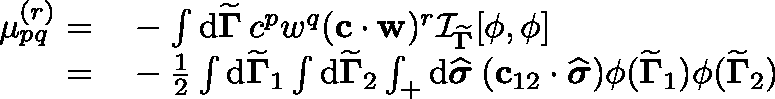
\begin{array} { r l } { \mu _ { p q } ^ { ( r ) } = } & { { } - \int \mathrm { d } { \widetilde { \mathbf { \Gamma } } } \medspace c ^ { p } w ^ { q } ( \mathbf { c } \cdot \mathbf { w } ) ^ { r } \mathcal { I } _ { { \widetilde { \mathbf { \Gamma } } } } [ \phi , \phi ] } \\ { = } & { { } - \frac { 1 } { 2 } \int \mathrm { d } { \widetilde { \mathbf { \Gamma } } } _ { 1 } \int \mathrm { d } { \widetilde { \mathbf { \Gamma } } } _ { 2 } \int _ { + } \mathrm { d } \widehat { \boldsymbol { \sigma } } \medspace ( \mathbf { c } _ { 1 2 } \cdot \widehat { \boldsymbol { \sigma } } ) \phi ( { \widetilde { \mathbf { \Gamma } } } _ { 1 } ) \phi ( { \widetilde { \mathbf { \Gamma } } } _ { 2 } ) } \end{array}